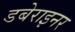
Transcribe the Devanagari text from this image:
डबेराइनर